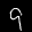
Label: 9